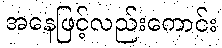
အနေဖြင့်လည်းကောင်း